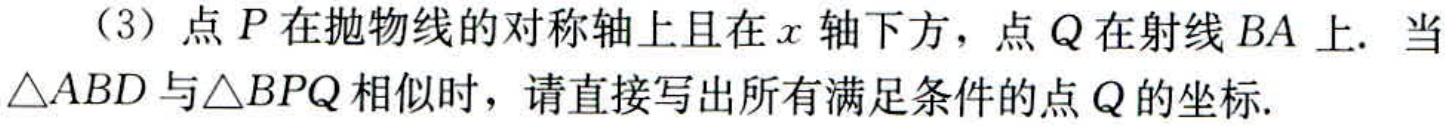
（3）点\(P\)在抛物线的对称轴上且在\(x\)轴下方，点\(Q\)在射线\(BA\)上. 当\(\triangle ABD\)与\(\triangle BPQ\)相似时，请直接写出所有满足条件的点\(Q\)的坐标.